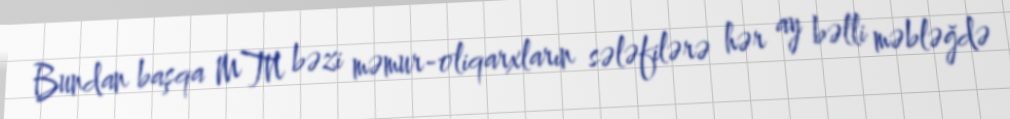
Bundan başqa MTN bəzi məmur-oliqarxların sələfilərə hər ay bəlli məbləğdə